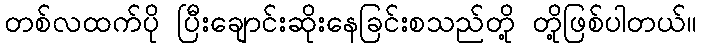
တစ်လထက်ပို ပြီးချောင်းဆိုးနေခြင်းစသည်တို့ တို့ဖြစ်ပါတယ်။